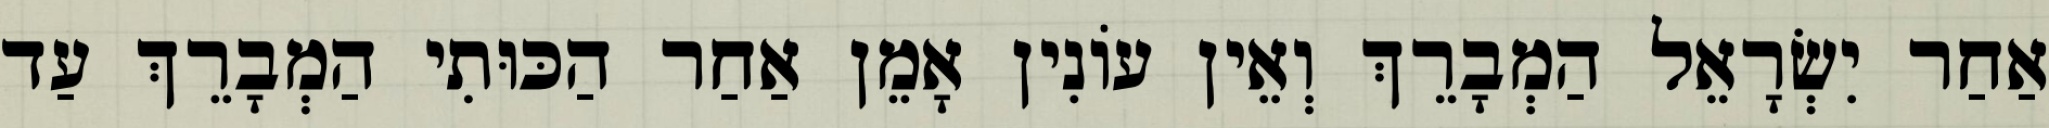
אַחַר יִשְׂרָאֵל הַמְבָרֵךְ וְאֵין עוֹנִין אָמֵן אַחַר הַכּוּתִי הַמְבָרֵךְ עַד